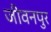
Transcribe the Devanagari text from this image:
जीवनपुर